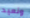
ونعيد